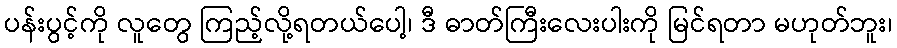
ပန်းပွင့်ကို လူတွေ ကြည့်လို့ရတယ်ပေါ့၊ ဒီ ဓာတ်ကြီးလေးပါးကို မြင်ရတာ မဟုတ်ဘူး၊